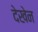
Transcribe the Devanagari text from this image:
देखेन